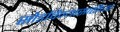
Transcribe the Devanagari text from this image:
सोडविण्यासाठीच्या